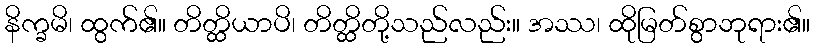
နိက္ခမိ၊ ထွက်၏။ တိတ္ထိယာပိ၊ တိတ္ထိတို့သည်လည်း။ အဿ၊ ထိုမြတ်စွာဘုရား၏။